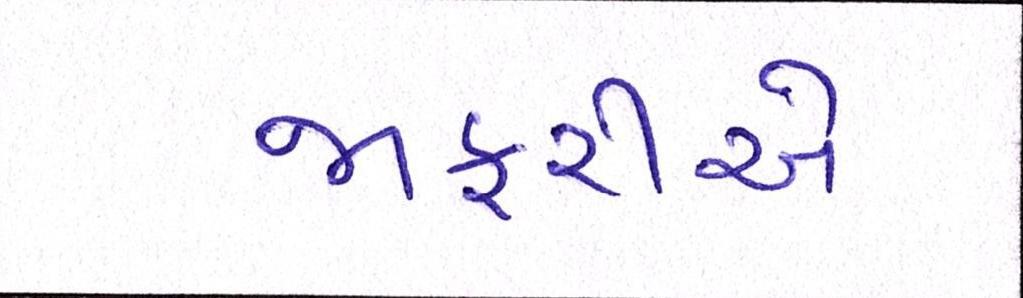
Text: જાફરીએ